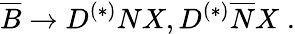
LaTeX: \overline{{B}}\rightarrow D^{(*)}NX,D^{(*)}\overline{{N}}X\; .